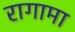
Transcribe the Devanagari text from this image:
रागामा